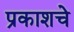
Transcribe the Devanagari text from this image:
प्रकाशचे